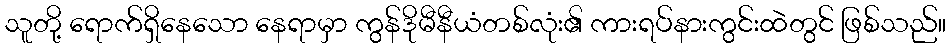
သူတို့ ရောက်ရှိနေသော နေရာမှာ ကွန်ဒိုမီနီယံတစ်လုံး၏ ကားရပ်နားကွင်းထဲတွင် ဖြစ်သည်။